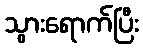
သွားရောက်ပြီး